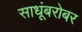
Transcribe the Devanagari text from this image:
साधूंबरोबर